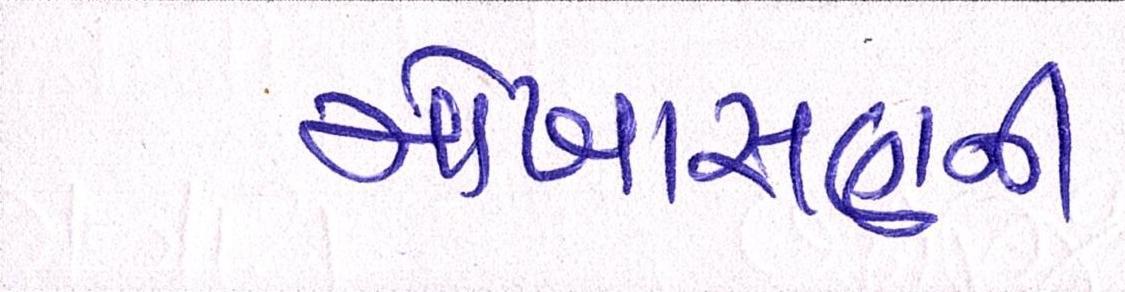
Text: મોખાસણની